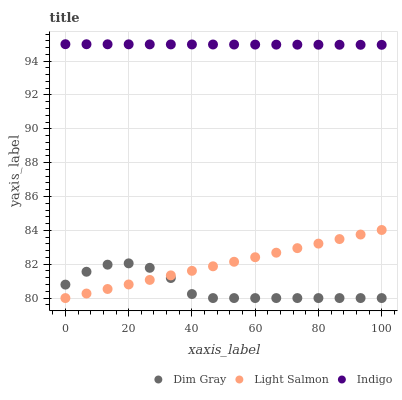
| xaxis_label | Dim Gray | Light Salmon | Indigo |
 | --- | --- | --- | --- |
 | 0 | 80.8 | 80 | 95 |
 | 6.67 | 81.6 | 80.3 | 95 |
 | 13.3 | 82 | 80.5 | 95 |
 | 20 | 82.1 | 80.8 | 95 |
 | 26.7 | 81.8 | 81.1 | 95 |
 | 33.3 | 81.2 | 81.3 | 95 |
 | 40 | 80.2 | 81.6 | 95 |
 | 46.7 | 80 | 81.9 | 95 |
 | 53.3 | 80 | 82.1 | 95 |
 | 60 | 80 | 82.4 | 95 |
 | 66.7 | 80 | 82.7 | 95 |
 | 73.3 | 80 | 82.9 | 95 |
 | 80 | 80 | 83.2 | 95 |
 | 86.7 | 80 | 83.5 | 95 |
 | 93.3 | 80 | 83.8 | 95 |
 | 100 | 80 | 84 | 95 |